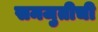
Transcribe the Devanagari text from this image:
समजुतीची